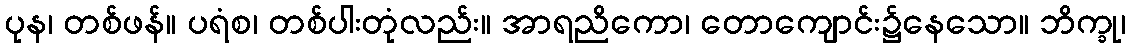
ပုန၊ တစ်ဖန်။ ပရံစ၊ တစ်ပါးတုံလည်း။ အာရညိကော၊ တောကျောင်း၌နေသော။ ဘိက္ခု၊